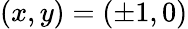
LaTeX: (x,y)=(\pm 1,0)